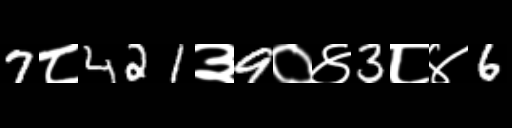
Text: 7८421३9०४3८४6